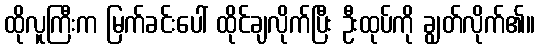
ထိုလူကြီးက မြက်ခင်းပေါ် ထိုင်ချလိုက်ပြီး ဦးထုပ်ကို ချွတ်လိုက်၏။